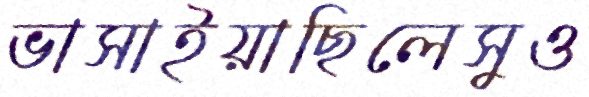
ভাসাইয়াছিলেসুও